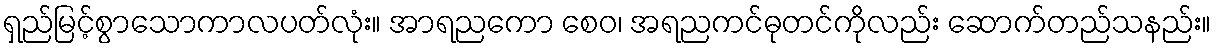
ရှည်မြင့်စွာသောကာလပတ်လုံး။ အာရညကော စေဝ၊ အရညကင်ဓုတင်ကိုလည်း ဆောက်တည်သနည်း။